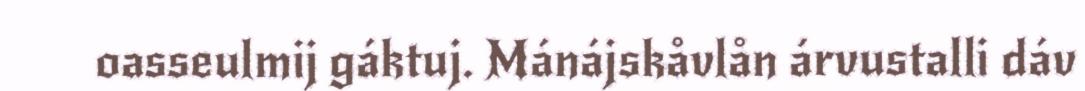
oasseulmij gáktuj. Mánájskåvlån árvustalli dáv